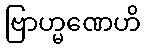
ဗြာဟ္မဏေဟိ